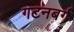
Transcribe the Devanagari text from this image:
गटनबर्ग